Annual administration report of the Civil Veterinary Department of India - 1893-1894
Year: 1893
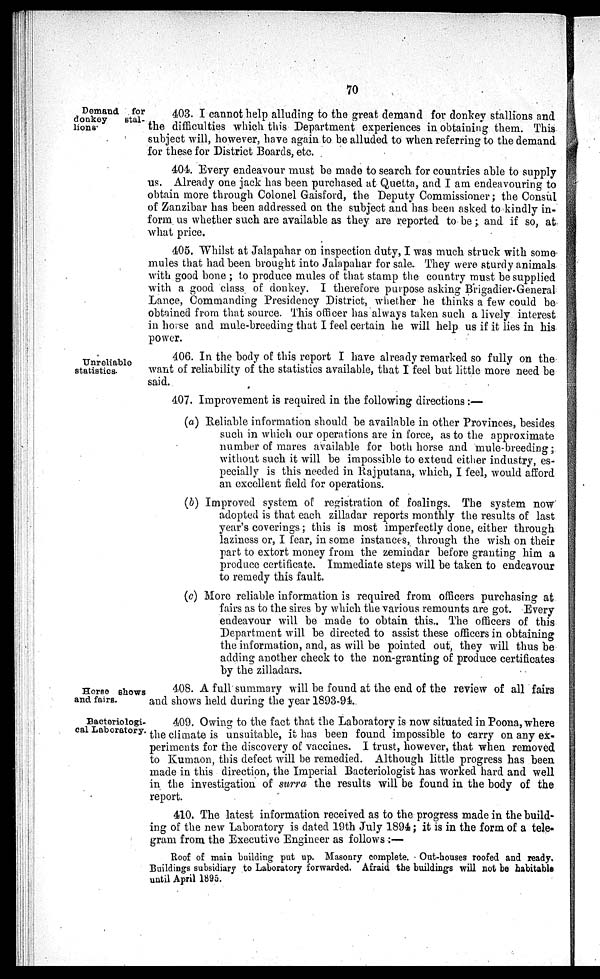
70
Demand for
donkey
stal-
lions
403. I cannot help alluding to the great demand for donkey stallions and
the difficulties which this Department experiences in obtaining them. This
subject will, however, have again to be alluded to when referring to the demand
for these for District Boards, etc.
404. Every endeavour must be made to search for countries able to supply
us. Already one jack has been purchased at Quetta, and I am endeavouring to
obtain more through Colonel Gaisford, the Deputy Commissioner; the Consul
of Zanzibar has been addressed on the subject and has been asked to kindly in-
form us whether such are available as they are reported to be; and if so, at
what price.
405. Whilst at Jalapahar on inspection duty, I was much struck with some
mules that had been brought into Jalapahar for sale. They were sturdy animals
with good bone; to produce mules of that stamp the country must be supplied
with a good class of donkey. I therefore purpose asking Brigadier-General
Lance, Commanding Presidency District, whether he thinks a few could be
obtained from that source. This officer has always taken such a lively interest
in horse and mule-breeding that I feel certain he will help us if it lies in his
power.
406. In the body of this report I have already remarked so fully on the
want of reliability of the statistics available, that I feel but little more need be
said.
407. Improvement is required in the following directions:—
(a) Reliable information should be available in other Provinces, besides
such in which our operations are in force, as to the approximate
number of mares available for both horse and mule-breeding;
without such it will be impossible to extend either industry, es-
pecially is this needed in Rajputana, which, I feel, would afford
an excellent field for operations.
(b) Improved system of registration of foalings. The system now
adopted is that each zilladar reports monthly the results of last
year's coverings; this is most imperfectly done, either through
laziness or, I fear, in some instances, through the wish on their
part to extort money from the zemindar before granting him a
produce certificate. Immediate steps will be taken to endeavour
to remedy this fault.
(c) More reliable information is required from officers purchasing at
fairs as to the sires by which the various remounts are got. Every
endeavour will be made to obtain this. The officers of this
Department will be directed to assist these officers in obtaining
the information, and, as will be pointed out, they will thus be
adding another check to the non-granting of produce certificates
by the zilladars.
Horse shows
and fairs.
408. A full summary will be found at the end of the review of all fairs
and shows held during the year 1893-94.
Bacteriologi-
cal Laborstory.
409. Owing to the fact that the Laboratory is now situated in Poona, where
the climate is unsuitable, it has been found impossible to carry on any ex-
periments for the discovery of vaccines. I trust, however, that when removed
to Kumaon, this defect will be remedied. Although little progress has been
made in this direction, the Imperial Bacteriologist has worked hard and well
in the investigation of surra the results will be found in the body of the
report.
410. The latest information received as to the progress made in the build-
ing of the new Laboratory is dated 19th July 1894; it is in the form of a tele-
gram from the Executive Engineer as follows:—
Roof of main building put up. Masonry complete. Out-houses roofed and ready.
Buildings subsidiary to Laboratory forwarded. Afraid the buildings will not be habitable
until April 1895.